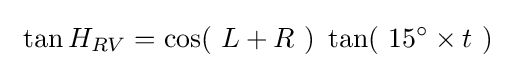
\ \tan H_{RV}=\cos(\ L+R\ )\ \tan(\ 15^{\circ }\times t\ )\